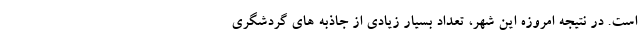
است. در نتیجه امروزه این شهر، تعداد بسیار زیادی از جاذبه های گردشگری